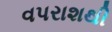
વપરાશથી